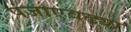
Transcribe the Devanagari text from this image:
पंजाएवढ्या